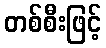
တစ်စီးဖြင့်